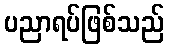
ပညာရပ်ဖြစ်သည်